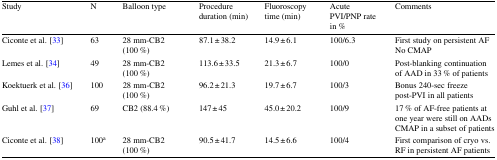
<table><thead><tr><td><b>Study</b></td><td><b>N</b></td><td><b>Balloon type</b></td><td><b>Procedure duration (min)</b></td><td><b>Fluoroscopy time (min)</b></td><td><b>Acute PVI/PNP rate in %</b></td><td><b>Comments</b></td></tr></thead><tbody><tr><td>Ciconte et al. [33]</td><td>63</td><td>28 mm-CB2 (100 %)</td><td>87.1 ± 38.2</td><td>14.9 ± 6.1</td><td>100/6.3</td><td>First study on persistent AFNo CMAP</td></tr><tr><td>Lemes et al. [34]</td><td>49</td><td>28 mm-CB2 (100 %)</td><td>113.6 ± 33.5</td><td>21.3 ± 6.7</td><td>100/0</td><td>Post-blanking continuation of AAD in 33 % of patients</td></tr><tr><td>Koektuerk et al. [36]</td><td>100</td><td>28 mm-CB2 (100 %)</td><td>96.2 ± 21.3</td><td>19.7 ± 6.7</td><td>100/3</td><td>Bonus 240-sec freeze post-PVI in all patients</td></tr><tr><td>Guhl et al. [37]</td><td>69</td><td>CB2 (88.4 %)</td><td>147 ± 45</td><td>45.0 ± 20.2</td><td>100/9</td><td>17 % of AF-free patients at one year were still on AADsCMAP in a subset of patients</td></tr><tr><td>Ciconte et al. [38]</td><td>100<sup>a</sup></td><td>28 mm-CB2 (100 %)</td><td>90.5 ± 41.7</td><td>14.5 ± 6.6</td><td>100/4</td><td>First comparison of cryo vs. RF in persistent AF patients</td></tr></tbody></table>